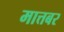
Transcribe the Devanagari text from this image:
मात्तबर